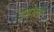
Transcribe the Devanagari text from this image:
इडोला